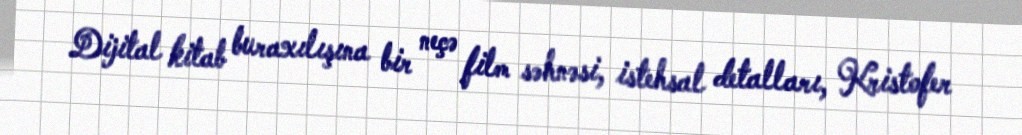
Dijital kitab buraxılışına bir neçə film səhnəsi, istehsal detalları, Kristofer